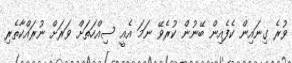
ވުރެ ގިނައިން ކެފެއިން ބޭނުން ކުރެވޭ ނަމަ އެއީ ސިއްހަތަށް ވަރަށް ނުރައްކާތެރި